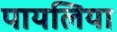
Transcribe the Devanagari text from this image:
पायलिया